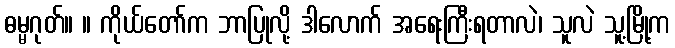
ဓမ္မဂုတ်။ ။ ကိုယ်တော်က ဘာပြုလို့ ဒါလောက် အရေးကြီးရတာလဲ၊ သူလဲ သူ့မြို့က